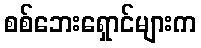
စစ်ဘေးရှောင်များက